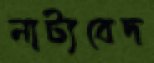
নাট্যবেদ